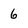
Character: 6